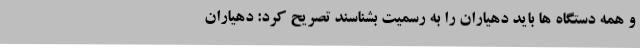
و همه دستگاه ها باید دهیاران را به رسمیت بشناسند تصریح کرد: دهیاران